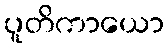
ပူတိကာယော